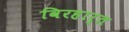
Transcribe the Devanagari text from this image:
विरहार्त